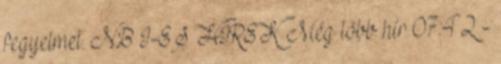
fegyelmet. NB I-ES HÍREK Még több hír 07:42 -